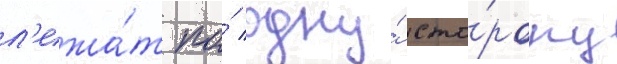
л'ежа́т по́ одну́ сто́рону